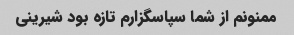
ممنونم از شما سپاسگزارم تازه بود شیرینی